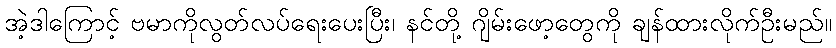
အဲ့ဒါကြောင့် ဗမာကိုလွတ်လပ်ရေးပေးပြီး၊ နင်တို့ ဂျိမ်းဖော့တွေကို ချန်ထားလိုက်ဦးမည်။